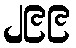
၂၉၉